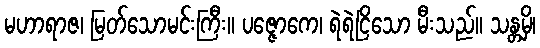
မဟာရာဇ၊ မြတ်သောမင်းကြီး။ ပဇ္ဇောကေ၊ ရဲရဲငြိသော မီးသည်။ သန္တမှိ၊